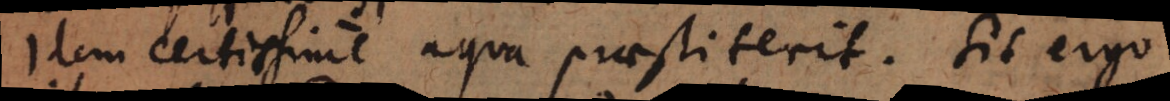
Idem certissime aqua praestiterit. Sit ergo